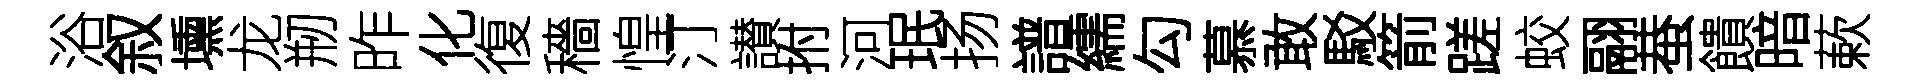
浴叙壎龙剏昨化復穡惶汀讃拊河珉扬譜繻勾慕敢駁箭蹉蛟翮蛬饋暗蔌